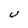
Character: U